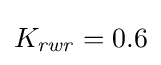
K_{\mathit {rwr}}=0.6